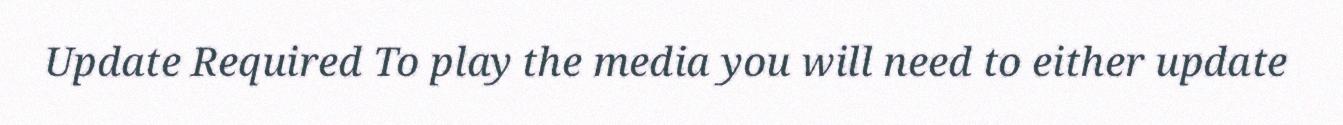
Update Required To play the media you will need to either update